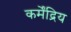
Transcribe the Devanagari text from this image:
कर्मेंद्रिय